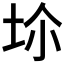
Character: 𡊒